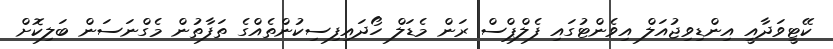
ކޭޓީވަދާއީ އިންޑިވިޖުއަލް އިވެންޓުގައި ފެލްޕްސް ރަން މެޑަލް ހޯދައިފިސިކުންތެއްގެ ތަފާތުން މެގްނަސަން ބަލިކޮށް